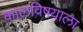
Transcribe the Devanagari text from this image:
कालविषयाला